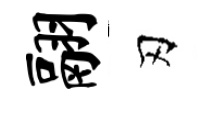
翮刃